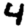
Digit: 4